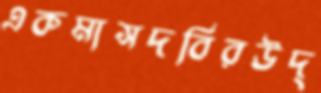
একমাসদবিরউদ্